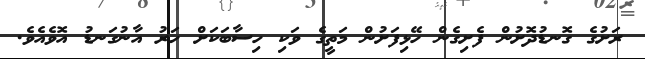
ރަށުގެ ގޮނޑުދޮށުން ފެށިގެން ހޭޅިފަށުން މަތީގެ ވަކި ހިސާބަކަށް ހަރު އާނުގަނޑު އޮވެއެވެ.